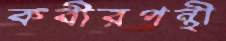
কবীরপন্থী